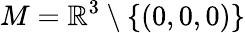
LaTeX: M=\mathbb{R}^{3}\setminus\{ (0,0,0)\}